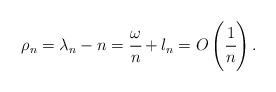
LaTeX: \begin{align*} \rho_n = \lambda_n - n = \cfrac{\omega}{n} + l_n = O \left( \cfrac{1}{n} \right). \end{align*}